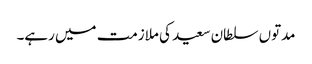
مدتوں سلطان سعید کی ملازمت میں رہے۔